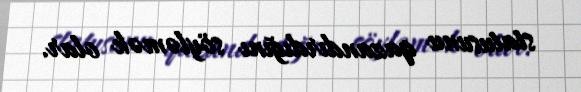
statusunu qazandırdığını söyləmək olar.